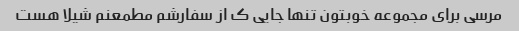
مرسی برای مجموعه خوبتون تنها جایی ک از سفارشم مطمعنم شیلا هست